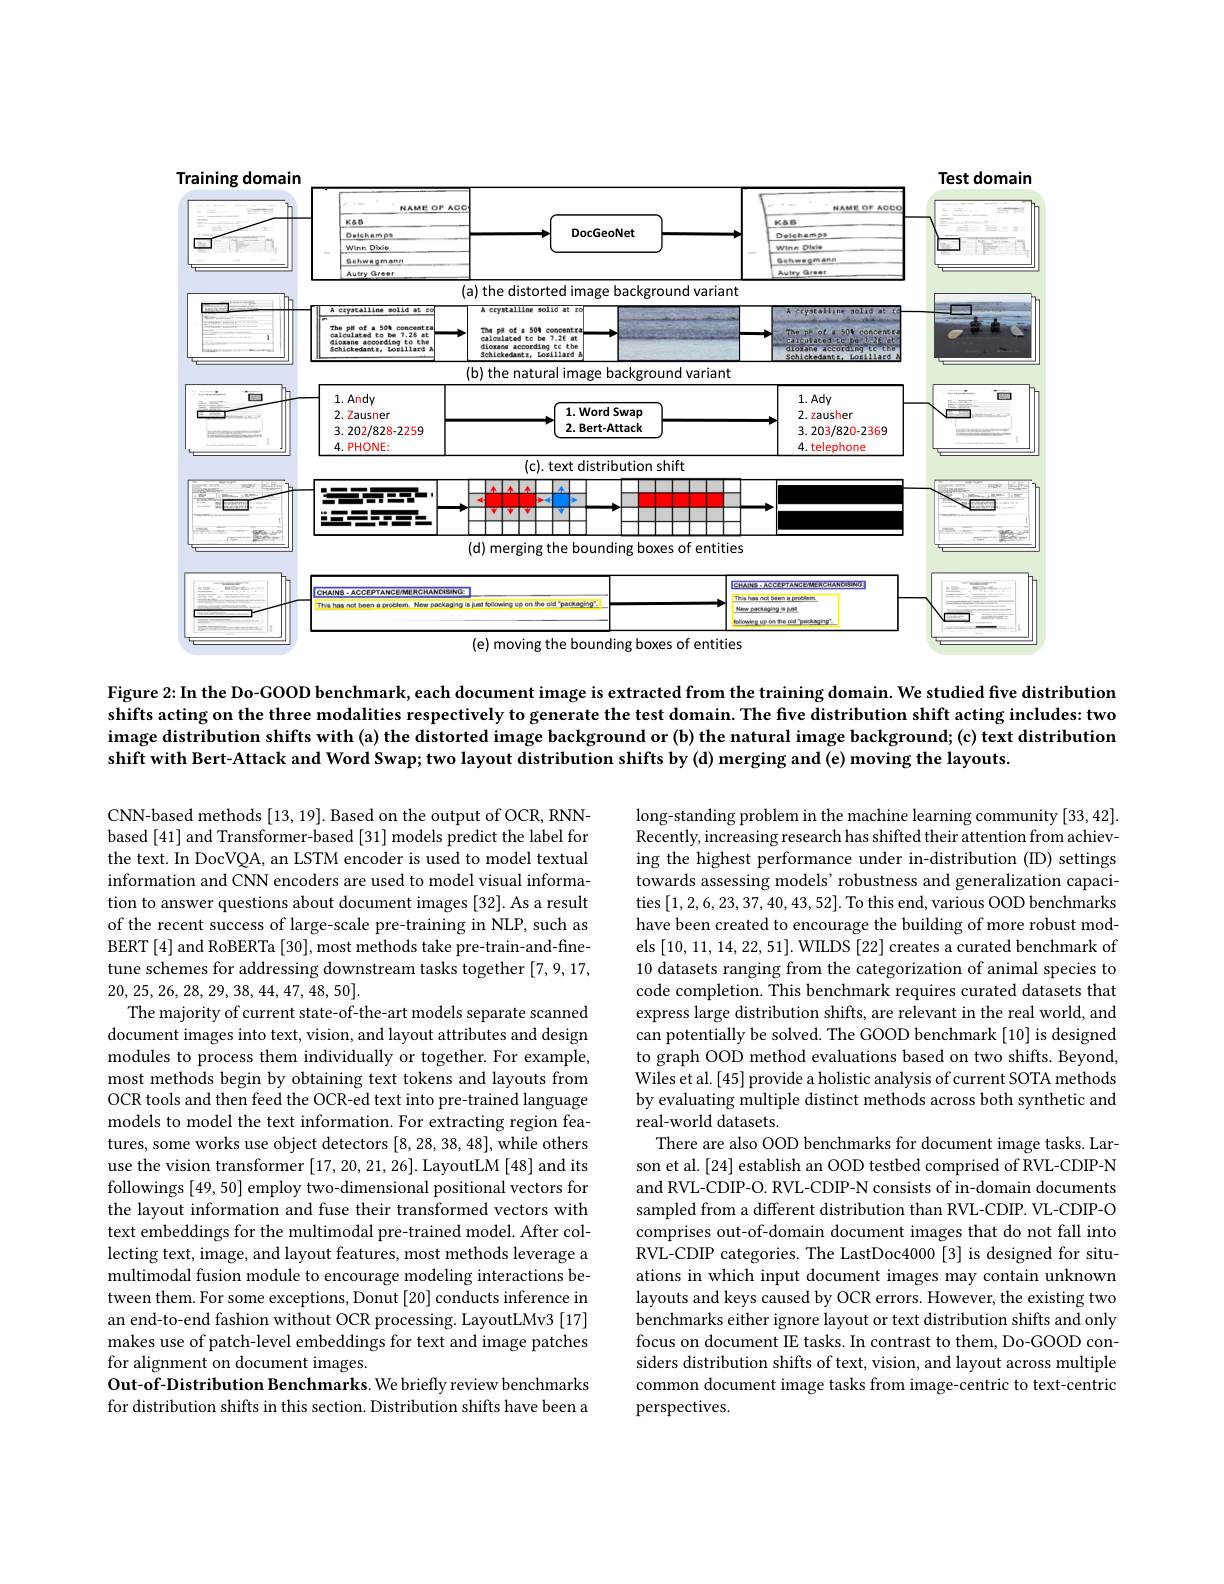
<FigureHere>

(e) moving the bounding boxes of entities

Figure 2:In the Do-GOOD benchmark, each document image is extracted from the training domain. We studied five distribution shifts acting on the three modalities respectively to generate the test domain. The five distribution shift acting includes: two image distribution shifts with (a) the distorted image background or (b) the natural image background; (c) text distribution shift with Bert-Attack and Word Swap; two layout distribution shifts by (d) merging and (e) moving the layouts.

long-standing problem in the machine learning community [33,42]. Recently, increasing research has shifted their attention from achieving the highest performance under in-distribution (ID) settings towards assessing models’ robustness and generalization capacities [1,2,6,23,37,40,43,52]. To this end, various OOD benchmarks have been created to encourage the building of more robust models [10,11,14,22,51]. WILDS [22] creates a curated benchmark of 10 datasets ranging from the categorization of animal species to code completion. This benchmark requires curated datasets that express large distribution shifts, are relevant in the real world, and can potentially be solved. The GOOD benchmark [10] is designed to graph OOD method evaluations based on two shifts. Beyond, Wiles et al. [45] provide a holistic analysis of current SOTA methods by evaluating multiple distinct methods across both synthetic and real-world datasets.
There are also OOD benchmarks for document image tasks. Larson et al.[24] establish an OOD testbed comprised of RVL-CDIP-N and RVL-CDIP-O. RVL-CDIP-N consists of in-domain documents sampled from a different distribution than RVL-CDIP. VL-CDIP-O comprises out-of-domain document images that do not fall into RVL-CDIP categories. The LastDoc4000 [3] is designed for situations in which input document images may contain unknown layouts and keys caused by OCR errors. However, the existing two benchmarks either ignore layout or text distribution shifts and only focus on document IE tasks. In contrast to them, Do-GOOD considers distribution shifts of text, vision, and layout across multiple common document image tasks from image-centric to text-centric perspectives.

CNN-based methods [13, 19]. Based on the output of OCR, RNNbased [41] and Transformer-based [31] models predict the label for the text. In DocVQA, an LSTM encoder is used to model textual information and CNN encoders are used to model visual information to answer questions about document images [32]. As a result of the recent success of large-scale pre-training in NLP, such as BERT [4] and RoBERTa [30], most methods take pre-train-and-finetune schemes for addressing downstream tasks together [7,9,17, 20, 25, 26, 28, 29, 38, 44, 47, 48, 50].
The majority of current state-of-the-art models separate scanned document images into text, vision, and layout attributes and design modules to process them individually or together. For example, most methods begin by obtaining text tokens and layouts from OCR tools and then feed the OCR-ed text into pre-trained language models to model the text information. For extracting region features, some works use object detectors [8,28,38,48],while others use the vision transformer [17,20,21,26]. LayoutLM [48] and its followings [49,50] employ two-dimensional positional vectors for the layout information and fuse their transformed vectors with text embeddings for the multimodal pre-trained model. After collecting text, image, and layout features, most methods leverage a multimodal fusion module to encourage modeling interactions between them. For some exceptions, Donut [20] conducts inference in an end-to-end fashion without OCR processing. LayoutLMv3 [17] makes use of patch-level embeddings for text and image patches for alignment on document images.
Out-of-Distribution Benchmarks. We briefly review benchmarks for distribution shifts in this section. Distribution shifts have been a